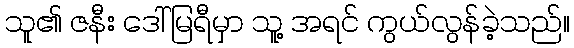
သူ၏ ဇနီး ဒေါ်မြရီမှာ သူ့ အရင် ကွယ်လွန်ခဲ့သည်။